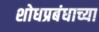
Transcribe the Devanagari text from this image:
शोधप्रबंधाच्या